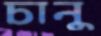
চানু